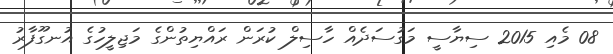
08 މެއި 2015 ސިޔާސީ މަގުސަދެއް ހާސިލް ކުރަން ރައްޔިތުންގެ މަޖިލީހުގެ އުނގޫފާރު